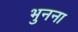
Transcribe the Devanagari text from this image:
भुनना